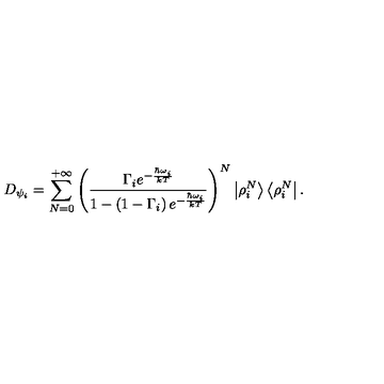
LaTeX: D _ { \psi _ { i } } = \sum _ { N = 0 } ^ { + \infty } { \left( \frac { \Gamma _ { i } e ^ { - { \frac { \hbar \omega _ { i } } { k T } } } } { 1 - \left( 1 - \Gamma _ { i } \right) e ^ { - { \frac { \hbar \omega _ { i } } { k T } } } } \right) } ^ { N } \left| \rho _ { i } ^ { N } \right> \left< \rho _ { i } ^ { N } \right| .